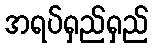
အရပ်ရှည်ရှည်